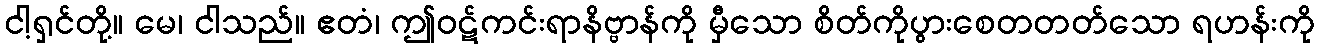
ငါ့ရှင်တို့။ မေ၊ ငါသည်။ ဧတံ၊ ဤဝဋ်ကင်းရာနိဗ္ဗာန်ကို မှီသော စိတ်ကိုပွားစေတတတ်သော ရဟန်းကို